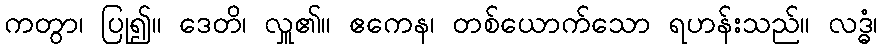
ကတွာ၊ ပြု၍။ ဒေတိ၊ လှူ၏။ ဧကေန၊ တစ်ယောက်သော ရဟန်းသည်။ လဒ္ဓံ၊